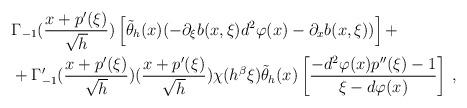
LaTeX: \begin{align*} & \Gamma_{-1}(\frac{x+p'(\xi)}{\sqrt{h}})\left[\tilde{\theta}_h(x)( -\partial_{\xi}b(x,\xi)d^2\varphi(x) - \partial_xb(x,\xi))\right] + \\& + \Gamma'_{-1}(\frac{x+p'(\xi)}{\sqrt{h}})(\frac{x+p'(\xi)}{\sqrt{h}}) \chi(h^{\beta}\xi)\tilde{\theta}_h(x) \left[ \frac{-d^2\varphi(x)p''(\xi) - 1}{\xi -d\varphi(x)}\right] \, ,\end{align*}